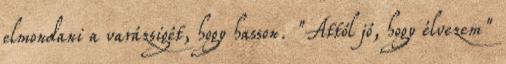
elmondani a varázsigét, hogy hasson. "Attól jó, hogy élvezem"